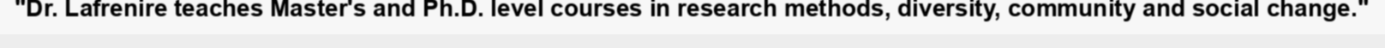
"Dr. Lafrenire teaches Master's and Ph.D. level courses in research methods, diversity, community and social change."